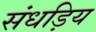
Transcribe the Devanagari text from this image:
संधड़िय